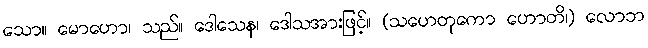
သော။ မောဟော၊ သည်။ ဒေါသေန၊ ဒေါသအားဖြင့်။ (သဟေတုကော ဟောတိ၊) လောဘ